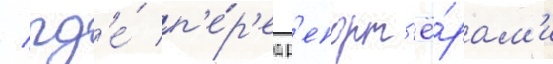
/ гд'е́ п'е́р'ед р'епорт'ё́рам'и